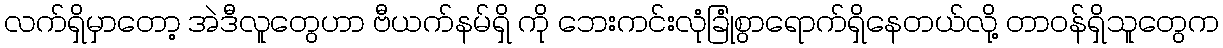
လက်ရှိမှာတော့ အဲဒီလူတွေဟာ ဗီယက်နမ်ရှိ ကို ဘေးကင်းလုံခြုံစွာရောက်ရှိနေတယ်လို့ တာ၀န်ရှိသူတွေက